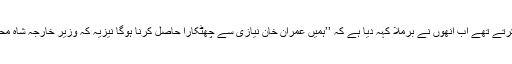
شہبازشریف جو بات نجی محفلوں میں کرتے تھے اب انھوں نے برملا کہہ دیا ہے کہ ’’ہمیں عمران خان نیازی سے چھٹکارا حاصل کرنا ہوگا نیزیہ کہ وزیر خارجہ شاہ محمود قریشی ہمارے لیے قابل قبول ہیں‘‘۔